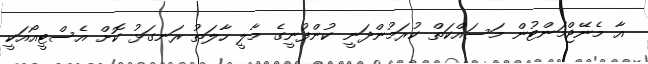
އާ މެނޭޖްމަންޓުން މަސައްކަތް ކުރަމުންދަނީ ކުންފުނީގެ މާލީ ހާލަތު ރަނގަޅު ކޮށް އެސްޓީއޯއަކީ